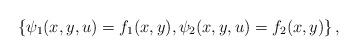
LaTeX: \begin{align*}\{ \psi_1(x,y,u) = f_1(x,y) , \psi_2(x,y,u) = f_2(x,y) \} \, ,\end{align*}